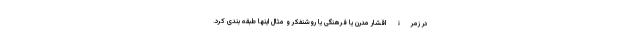
در زمرۀ اقشار مدرن یا فرهنگی یا روشنفکر و مثال اینها طبقه بندی کرد.